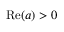
\mathrm { R e } ( a ) > 0